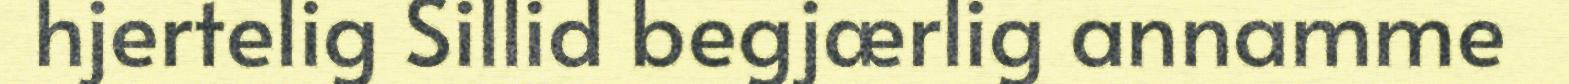
hjertelig Sillid begjærlig annamme